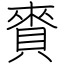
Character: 賚